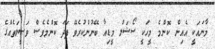
މާނައަކީ އެއިން ކޮންމެ މީހަކީ ސޯޝަލް މީޑިއާ ބޭނުންކުރެވޭ ފަދަ ކޮންމެވެސް ވަޞީލަތެއްގެ